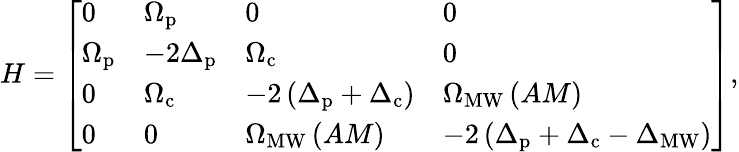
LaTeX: H=\left[\begin{array}{llll}{0}&{\Omega_{\mathrm{p}}}&{0}&{0}\\ {\Omega_{\mathrm{p}}}&{-2\Delta_{\mathrm{p}}}&{\Omega_{\mathrm{c}}}&{0}\\ {0}&{\Omega_{\mathrm{c}}}&{-2\left(\Delta_{\mathrm{p}}+\Delta_{\mathrm{c}}\right)}&{\Omega_{\mathrm{MW}}\left(AM\right)}\\ {0}&{0}&{\Omega_{\mathrm{MW}}\left(AM\right)}&{-2\left(\Delta_{\mathrm{p}}+\Delta_{\mathrm{c}}-\Delta_{{\mathrm{MW}}}\right)}\end{array}\right],